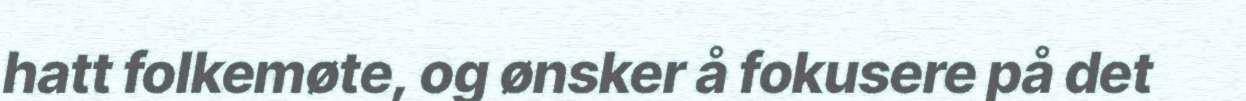
hatt folkemøte, og ønsker å fokusere på det